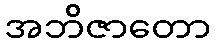
အဘိဇာတော